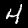
Label: 4